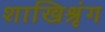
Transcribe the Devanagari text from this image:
शाखिश्रृंग